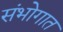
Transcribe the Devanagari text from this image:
संभोगात